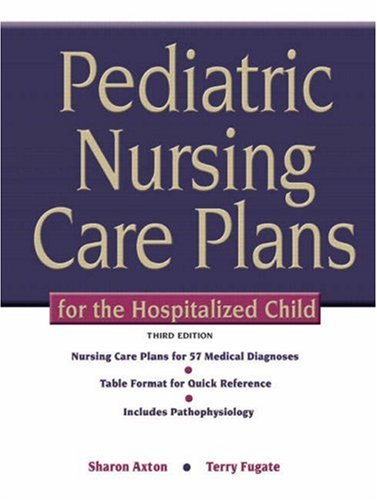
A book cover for Pediatric Nursing Care Plans for the Hospitalized Child (3rd Edition); Sharon Ennis Axton RN MS  PNP-CS; Medical Books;